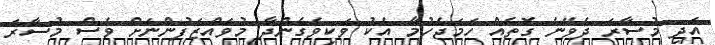
އަދި މުސާރަ ދެވޭނެ ގޮތެއް ހަމަޖެހުމާ އެކު ވަކިވެގެންދާ މުވައްޒަފުންނަށް ވެސް މުސާރަ